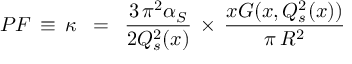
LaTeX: P F \, \equiv \, \kappa \, \, \, = \, \, \, \frac { 3 \, \pi ^ { 2 } \alpha _ { S } } { 2 Q _ { s } ^ { 2 } ( x ) } \, \times \, \frac { x G ( x , Q _ { s } ^ { 2 } ( x ) ) } { \pi \, R ^ { 2 } } \, \,